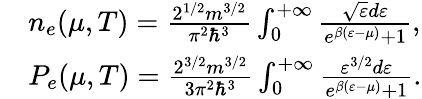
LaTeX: \begin{array}{rl}&{{n_{e}(\mu,T)}=\frac{{{2^{1/2}}m{^{3/2}}}}{{{\pi^{2}}{\hbar^{3}}}}\int_{0}^{+\infty}{\frac{{\sqrt{{\varepsilon}}d{\varepsilon}}}{{{e^{\beta({\varepsilon}-\mu)}}+1}}},}\\ &{{P_{e}(\mu,T)}=\frac{{{2^{3/2}}m{^{3/2}}}}{{3{\pi^{2}}{\hbar^{3}}}}\int_{0}^{+\infty}{\frac{{{{\varepsilon}^{3/2}}d{\varepsilon}}}{{{e^{\beta({\varepsilon}-{\mu})}}+1}}.}}\end{array}